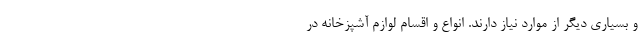
و بسیاری دیگر از موارد نیاز دارند. انواع و اقسام لوازم آشپزخانه در